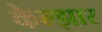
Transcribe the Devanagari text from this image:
केल्झार